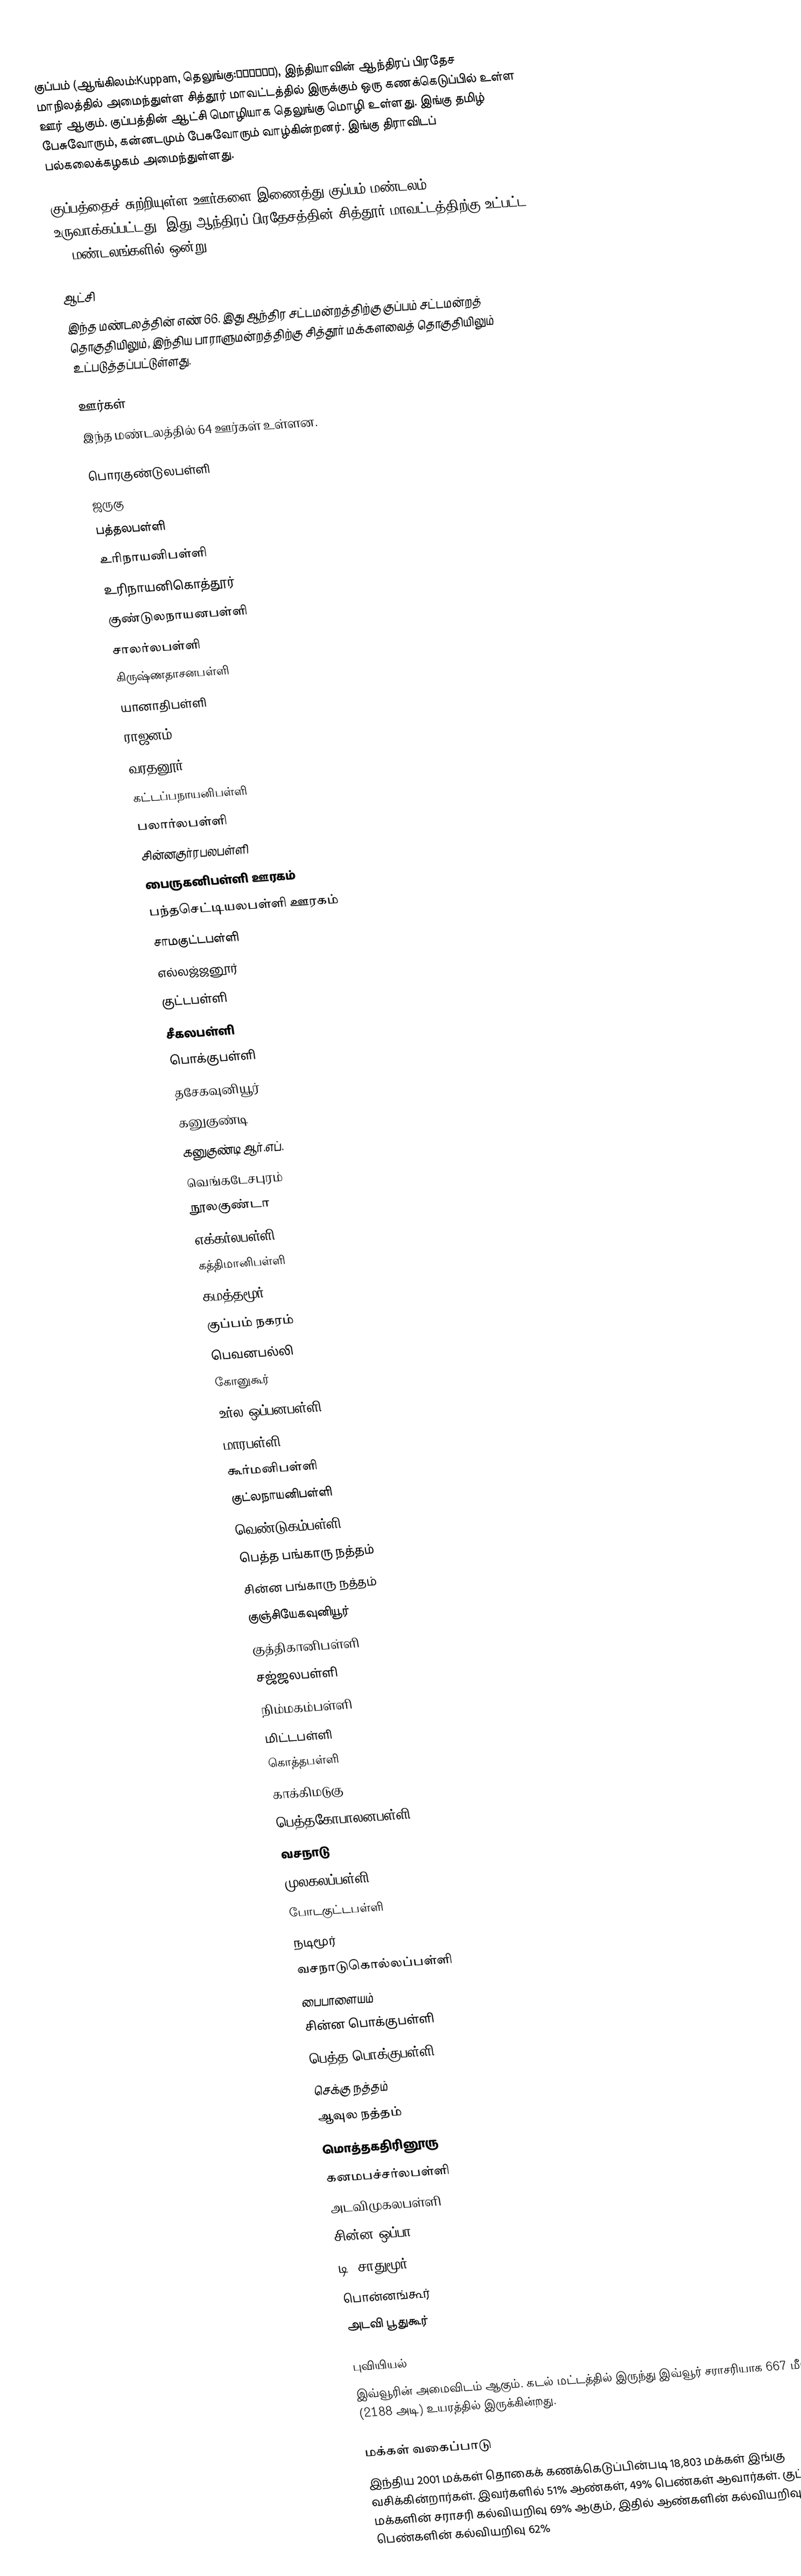
குப்பம் (ஆங்கிலம்:Kuppam, தெலுங்கு:కుప్పం), இந்தியாவின் ஆந்திரப் பிரதேச மாநிலத்தில் அமைந்துள்ள சித்தூர் மாவட்டத்தில் இருக்கும் ஒரு கணக்கெடுப்பில் உள்ள ஊர் ஆகும். குப்பத்தின் ஆட்சி மொழியாக தெலுங்கு மொழி உள்ளது. இங்கு தமிழ் பேசுவோரும், கன்னடமும் பேசுவோரும் வாழ்கின்றனர். இங்கு திராவிடப் பல்கலைக்கழகம் அமைந்துள்ளது.

குப்பத்தைச் சுற்றியுள்ள ஊர்களை இணைத்து குப்பம் மண்டலம் உருவாக்கப்பட்டது. இது ஆந்திரப் பிரதேசத்தின் சித்தூர் மாவட்டத்திற்கு உட்பட்ட 66 மண்டலங்களில் ஒன்று.

ஆட்சி
இந்த மண்டலத்தின் எண் 66. இது ஆந்திர சட்டமன்றத்திற்கு குப்பம் சட்டமன்றத் தொகுதியிலும், இந்திய பாராளுமன்றத்திற்கு சித்தூர் மக்களவைத் தொகுதியிலும் உட்படுத்தப்பட்டுள்ளது.

ஊர்கள்
இந்த மண்டலத்தில் 64 ஊர்கள் உள்ளன.

 பொரகுண்டுலபள்ளி
 ஜருகு
 பத்தலபள்ளி
 உரிநாயனிபள்ளி
 உரிநாயனிகொத்தூர்
 குண்டுலநாயனபள்ளி
 சாலர்லபள்ளி
 கிருஷ்ணதாசனபள்ளி
 யானாதிபள்ளி
 ராஜனம்
 வரதனூர்
 கட்டப்பநாயனிபள்ளி
 பலார்லபள்ளி
 சின்னகுர்ரபலபள்ளி
 பைருகனிபள்ளி ஊரகம்
 பந்தசெட்டியலபள்ளி ஊரகம்
 சாமகுட்டபள்ளி
 எல்லஜ்ஜனூர்
 குட்டபள்ளி
 சீகலபள்ளி
 பொக்குபள்ளி
 தசேகவுனியூர்
 கனுகுண்டி
 கனுகுண்டி ஆர்.எப்.
 வெங்கடேசபுரம்
 நூலகுண்டா
 எக்கர்லபள்ளி
 கத்திமானிபள்ளி
 கமத்தமூர்
 குப்பம் நகரம்
 பெவனபல்லி
 கோனுகூர்
 உர்ல ஒப்பனபள்ளி
 மாரபள்ளி
 கூர்மனிபள்ளி
 குட்லநாயனிபள்ளி
 வெண்டுகம்பள்ளி
 பெத்த பங்காரு நத்தம்
 சின்ன பங்காரு நத்தம்
 குஞ்சியேகவுனியூர்
 குத்திகானிபள்ளி
 சஜ்ஜலபள்ளி
 நிம்மகம்பள்ளி
 மிட்டபள்ளி
 கொத்தபள்ளி
 காக்கிமடுகு
 பெத்தகோபாலனபள்ளி
 வசநாடு
 முலகலப்பள்ளி
 போடகுட்டபள்ளி
 நடிமூர்
 வசநாடுகொல்லப்பள்ளி
 பைபாளையம்
 சின்ன பொக்குபள்ளி
 பெத்த பொக்குபள்ளி
 செக்கு நத்தம்
 ஆவுல நத்தம்
 மொத்தகதிரினூரு
 கனமபச்சர்லபள்ளி
 அடவிமுகலபள்ளி
 சின்ன ஒப்பா
 டி. சாதுமூர்
 பொன்னங்கூர்
 அடவி பூதுகூர்

புவியியல்
இவ்வூரின் அமைவிடம்  ஆகும். கடல் மட்டத்தில் இருந்து இவ்வூர் சராசரியாக 667 மீட்டர் (2188 அடி) உயரத்தில் இருக்கின்றது.

மக்கள் வகைப்பாடு
இந்திய 2001 மக்கள் தொகைக் கணக்கெடுப்பின்படி 18,803 மக்கள் இங்கு வசிக்கின்றார்கள். இவர்களில் 51% ஆண்கள், 49% பெண்கள் ஆவார்கள். குப்பம் மக்களின் சராசரி கல்வியறிவு 69% ஆகும்,  இதில் ஆண்களின் கல்வியறிவு 75%,  பெண்களின் கல்வியறிவு 62%